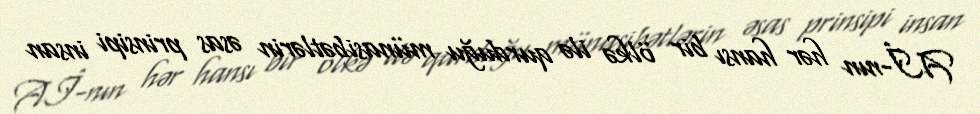
Aİ-nın hər hansı bir ölkə ilə qurduğu münasibətlərin əsas prinsipi insan